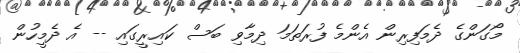
މޯގަންގެ ދެމަފިރިން އެންމެ ފުރަތަަމަ ދިމާވި ބަސް ކައިރީގައި -- އެ ދެމީހުން